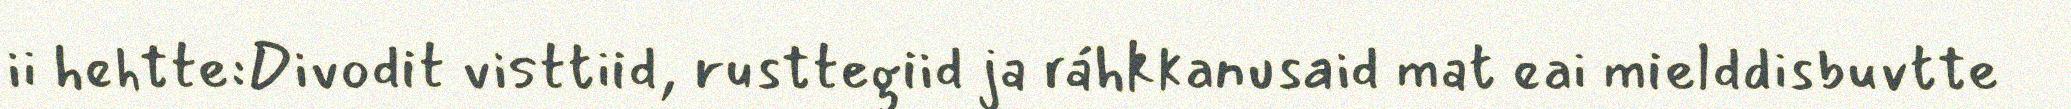
ii hehtte:Divodit visttiid, rusttegiid ja ráhkkanusaid mat eai mielddisbuvtte